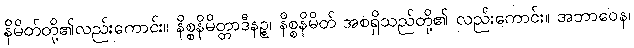
နိမိတ်တို့၏လည်းကောင်း။ နိစ္စနိမိတ္တာဒီနဉ္စ၊ နိစ္စနိမိတ် အစရှိသည်တို့၏ လည်းကောင်း။ အဘာဝေန၊